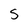
Character: S